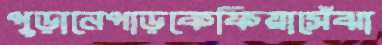
পুড়ানেপাড়কেফিয়াসেঁঝা